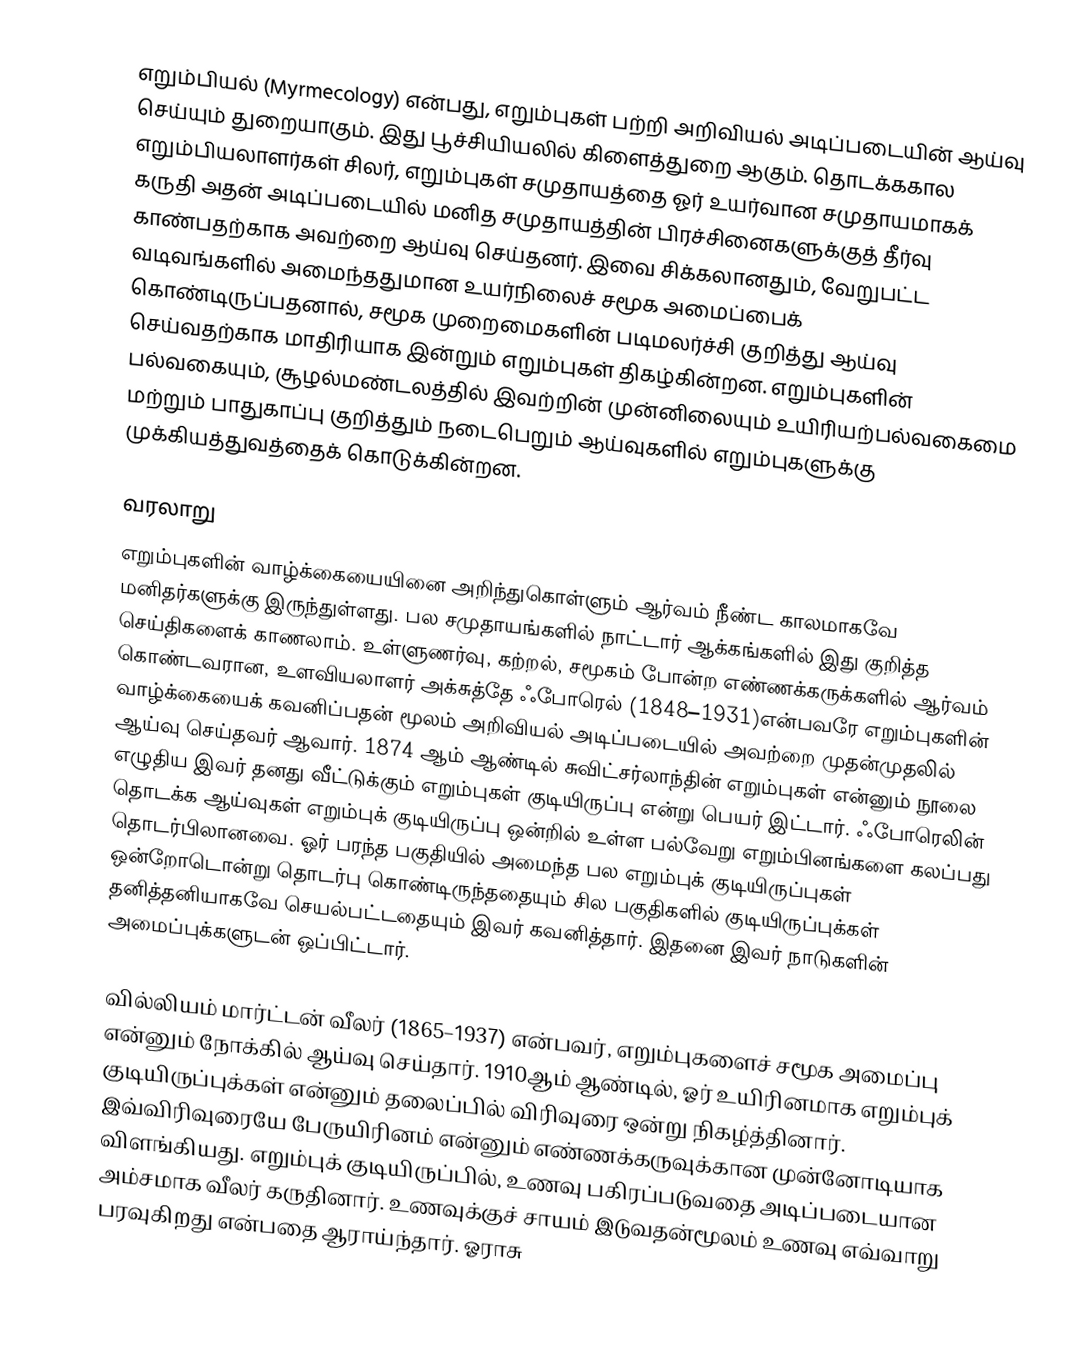
எறும்பியல் (Myrmecology) என்பது, எறும்புகள் பற்றி அறிவியல் அடிப்படையின் ஆய்வு செய்யும் துறையாகும். இது பூச்சியியலில்  கிளைத்துறை ஆகும். தொடக்ககால எறும்பியலாளர்கள் சிலர், எறும்புகள் சமுதாயத்தை ஓர் உயர்வான சமுதாயமாகக் கருதி அதன் அடிப்படையில் மனித சமுதாயத்தின் பிரச்சினைகளுக்குத் தீர்வு காண்பதற்காக அவற்றை ஆய்வு செய்தனர். இவை சிக்கலானதும், வேறுபட்ட வடிவங்களில் அமைந்ததுமான உயர்நிலைச் சமூக அமைப்பைக் கொண்டிருப்பதனால், சமூக முறைமைகளின் படிமலர்ச்சி குறித்து ஆய்வு செய்வதற்காக மாதிரியாக இன்றும் எறும்புகள் திகழ்கின்றன. எறும்புகளின் பல்வகையும், சூழல்மண்டலத்தில் இவற்றின் முன்னிலையும் உயிரியற்பல்வகைமை மற்றும் பாதுகாப்பு குறித்தும் நடைபெறும் ஆய்வுகளில் எறும்புகளுக்கு முக்கியத்துவத்தைக் கொடுக்கின்றன.

வரலாறு
எறும்புகளின் வாழ்க்கையையினை அறிந்துகொள்ளும் ஆர்வம் நீண்ட காலமாகவே மனிதர்களுக்கு இருந்துள்ளது. பல சமுதாயங்களில் நாட்டார் ஆக்கங்களில் இது குறித்த செய்திகளைக் காணலாம். உள்ளுணர்வு, கற்றல், சமூகம் போன்ற எண்ணக்கருக்களில் ஆர்வம் கொண்டவரான, உளவியலாளர் அக்சுத்தே ஃபோரெல் (1848–1931)என்பவரே எறும்புகளின் வாழ்க்கையைக் கவனிப்பதன் மூலம் அறிவியல் அடிப்படையில் அவற்றை முதன்முதலில் ஆய்வு செய்தவர் ஆவார். 1874 ஆம் ஆண்டில் சுவிட்சர்லாந்தின் எறும்புகள் என்னும் நூலை எழுதிய இவர் தனது வீட்டுக்கும் எறும்புகள் குடியிருப்பு என்று பெயர் இட்டார். ஃபோரெலின் தொடக்க ஆய்வுகள் எறும்புக் குடியிருப்பு ஒன்றில் உள்ள பல்வேறு எறும்பினங்களை கலப்பது தொடர்பிலானவை. ஓர் பரந்த பகுதியில் அமைந்த பல எறும்புக் குடியிருப்புகள் ஒன்றோடொன்று தொடர்பு கொண்டிருந்ததையும் சில பகுதிகளில் குடியிருப்புக்கள் தனித்தனியாகவே செயல்பட்டதையும் இவர் கவனித்தார். இதனை இவர் நாடுகளின் அமைப்புக்களுடன் ஒப்பிட்டார்.

வில்லியம் மார்ட்டன் வீலர் (1865–1937) என்பவர், எறும்புகளைச் சமூக அமைப்பு என்னும் நோக்கில் ஆய்வு செய்தார். 1910ஆம் ஆண்டில், ஓர் உயிரினமாக எறும்புக் குடியிருப்புக்கள் என்னும் தலைப்பில் விரிவுரை ஒன்று நிகழ்த்தினார். இவ்விரிவுரையே பேருயிரினம் என்னும் எண்ணக்கருவுக்கான முன்னோடியாக விளங்கியது. எறும்புக் குடியிருப்பில், உணவு பகிரப்படுவதை அடிப்படையான அம்சமாக வீலர் கருதினார். உணவுக்குச் சாயம் இடுவதன்மூலம் உணவு எவ்வாறு பரவுகிறது என்பதை ஆராய்ந்தார். ஓராசு